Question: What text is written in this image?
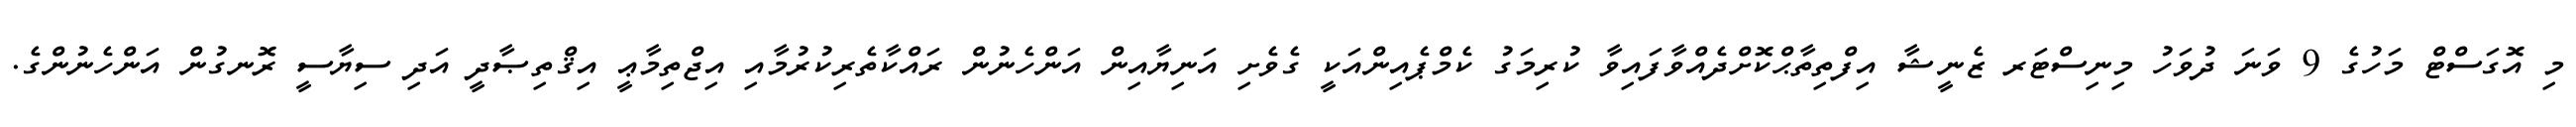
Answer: މި އޮގަސްޓް މަހުގެ 9 ވަނަ ދުވަހު މިނިސްޓަރ ޒެނީޝާ އިފްތިތާޙްކޮށްދެއްވާފައިވާ ކުރިމަގު ކެމްޕެއިންއަކީ ގެވެށި އަނިޔާއިން އަންހެނުން ރައްކާތެރިކުރުމާއި އިޖްތިމާޢީ އިޤްތިޞާދީ އަދި ސިޔާސީ ރޮނގުން އަންހެނުންގެ.